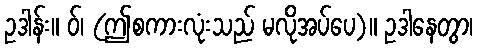
ဥဒါန်း။ ဝ်၊ (ဤစကားလုံးသည် မလိုအပ်ပေ)။ ဥဒါနေတွာ၊